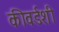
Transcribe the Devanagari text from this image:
कीवर्डशी